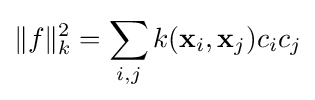
\|f\|_{k}^{2}=\sum _{i,j}k(\mathbf {x} _{i},\mathbf {x} _{j})c_{i}c_{j}